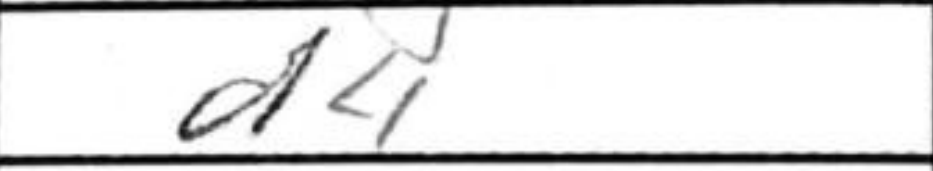
Transcription: d4